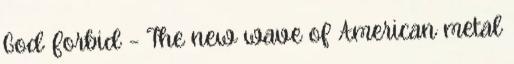
God Forbid – The new wave of American metal